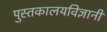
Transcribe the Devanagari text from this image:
पुस्तकालयविज्ञानी